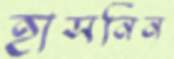
হাসনিন